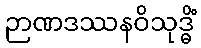
ဉာဏဒဿနဝိသုဒ္ဓိံ